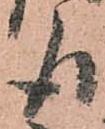
取